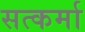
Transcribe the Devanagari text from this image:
सत्कर्मा